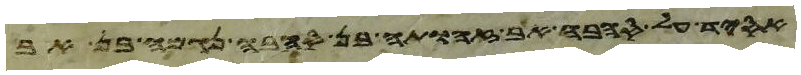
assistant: אל המדבר והנה כבוד יהוה נראה בענן וידבר